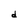
Character: d